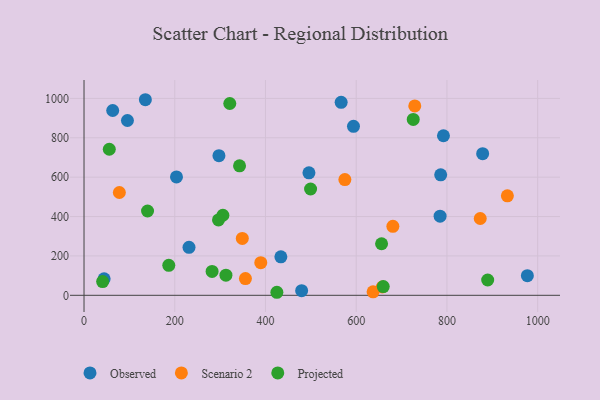
{"axis": {"x": "Speed", "y": "Fuel Efficiency"}, "legend": ["Observed", "Projected", "Scenario 2"], "data": [{"x": "95.7", "y": 887.8, "type": "Observed"}, {"x": "594.0", "y": 858.2, "type": "Observed"}, {"x": "135.2", "y": 993.3, "type": "Observed"}, {"x": "784.9", "y": 401.9, "type": "Observed"}, {"x": "44.3", "y": 83.6, "type": "Observed"}, {"x": "495.8", "y": 621.8, "type": "Observed"}, {"x": "297.4", "y": 709.1, "type": "Observed"}, {"x": "203.8", "y": 601.0, "type": "Observed"}, {"x": "977.3", "y": 99.9, "type": "Observed"}, {"x": "786.2", "y": 611.8, "type": "Observed"}, {"x": "479.7", "y": 23.6, "type": "Observed"}, {"x": "231.4", "y": 243.9, "type": "Observed"}, {"x": "63.2", "y": 938.6, "type": "Observed"}, {"x": "433.9", "y": 195.6, "type": "Observed"}, {"x": "566.8", "y": 980.0, "type": "Observed"}, {"x": "792.3", "y": 810.3, "type": "Observed"}, {"x": "878.7", "y": 719.4, "type": "Observed"}, {"x": "729.1", "y": 961.6, "type": "Scenario 2"}, {"x": "389.6", "y": 165.7, "type": "Scenario 2"}, {"x": "348.9", "y": 288.9, "type": "Scenario 2"}, {"x": "77.9", "y": 522.0, "type": "Scenario 2"}, {"x": "575.0", "y": 587.7, "type": "Scenario 2"}, {"x": "637.2", "y": 17.7, "type": "Scenario 2"}, {"x": "657.6", "y": 42.3, "type": "Scenario 2"}, {"x": "873.4", "y": 390.0, "type": "Scenario 2"}, {"x": "933.2", "y": 505.4, "type": "Scenario 2"}, {"x": "355.8", "y": 84.9, "type": "Scenario 2"}, {"x": "680.8", "y": 350.5, "type": "Scenario 2"}, {"x": "41.0", "y": 69.7, "type": "Projected"}, {"x": "186.8", "y": 152.1, "type": "Projected"}, {"x": "425.1", "y": 15.4, "type": "Projected"}, {"x": "889.8", "y": 77.8, "type": "Projected"}, {"x": "499.4", "y": 539.9, "type": "Projected"}, {"x": "655.9", "y": 261.8, "type": "Projected"}, {"x": "312.8", "y": 102.4, "type": "Projected"}, {"x": "659.6", "y": 44.4, "type": "Projected"}, {"x": "725.7", "y": 893.2, "type": "Projected"}, {"x": "282.3", "y": 121.1, "type": "Projected"}, {"x": "140.0", "y": 428.2, "type": "Projected"}, {"x": "342.8", "y": 657.4, "type": "Projected"}, {"x": "306.1", "y": 406.5, "type": "Projected"}, {"x": "296.4", "y": 382.8, "type": "Projected"}, {"x": "321.3", "y": 974.2, "type": "Projected"}, {"x": "55.7", "y": 741.9, "type": "Projected"}]}